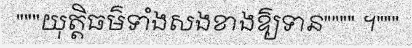
"""យុត្តិធម៌ទាំងសងខាងឱ្យទាន"""" ។"""